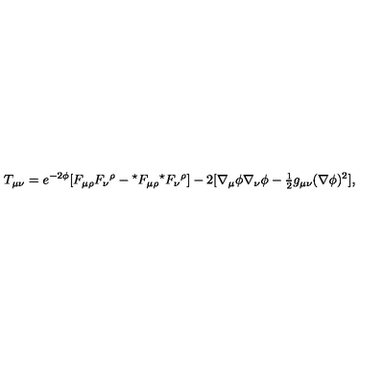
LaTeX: T _ { \mu \nu } = e ^ { - 2 \phi } [ F _ { \mu \rho } F _ { \nu } { } ^ { \rho } - { } ^ { \star } F _ { \mu \rho } { } ^ { \star } F _ { \nu } { } ^ { \rho } ] - 2 [ \nabla _ { \mu } \phi \nabla _ { \nu } \phi - { \textstyle \frac { 1 } { 2 } } g _ { \mu \nu } ( \nabla \phi ) ^ { 2 } ] ,